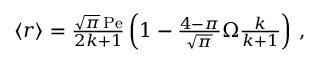
\begin{array} { r } { \left\langle r \right\rangle = \frac { \sqrt { \pi } \, \mathrm { P e } } { 2 k + 1 } \left( 1 - \frac { 4 - \pi } { \sqrt { \pi } } \Omega \frac { k } { k + 1 } \right) \, , } \end{array}